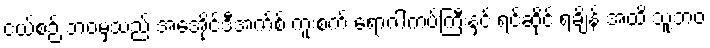
ငယ်စဉ် ဘဝမှသည် အေအိုင်ဒီအက်စ် ကူးစက် ရောဂါကပ်ကြီးနှင့် ရင်ဆိုင် ရချိန် အထိ သူ့ဘဝ